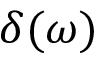
\delta ( \omega )